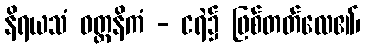
နိရယသံ ဝတ္တနိကံ - ငရဲ၌ ဖြစ်တတ်လေ၏၊